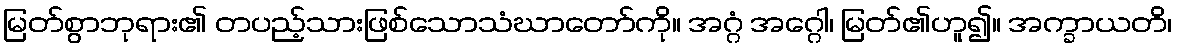
မြတ်စွာဘုရား၏ တပည့်သားဖြစ်သောသံဃာတော်ကို။ အဂ္ဂံ အဂ္ဂေါ၊ မြတ်၏ဟူ၍။ အက္ခာယတိ၊